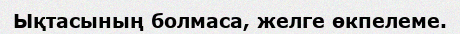
Ықтасының болмаса, желге өкпелеме.